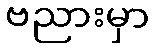
ဗညားမှာ